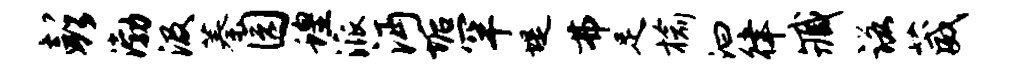
彭渤汲蓁园蝗派沔垢罕堤弗足榆汩律臧诺葳